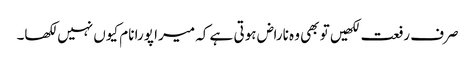
صرف رفعت لکھیں تو بھی وہ ناراض ہوتی ہے کہ میرا پورا نام کیوں نہیں لکھا۔